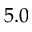
5 . 0